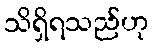
သိရှိရသည်ဟု